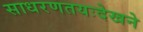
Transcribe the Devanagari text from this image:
साधरणतयःदेखने